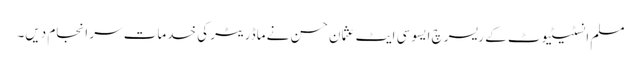
مسلم انسٹیٹیوٹ کے ریسرچ ایسوسی ایٹ عثمان حسن نے ماڈریٹر کی خدمات سر انجام دیں۔